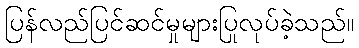
ပြန်လည်ပြင်ဆင်မှုများပြုလုပ်ခဲ့သည်။